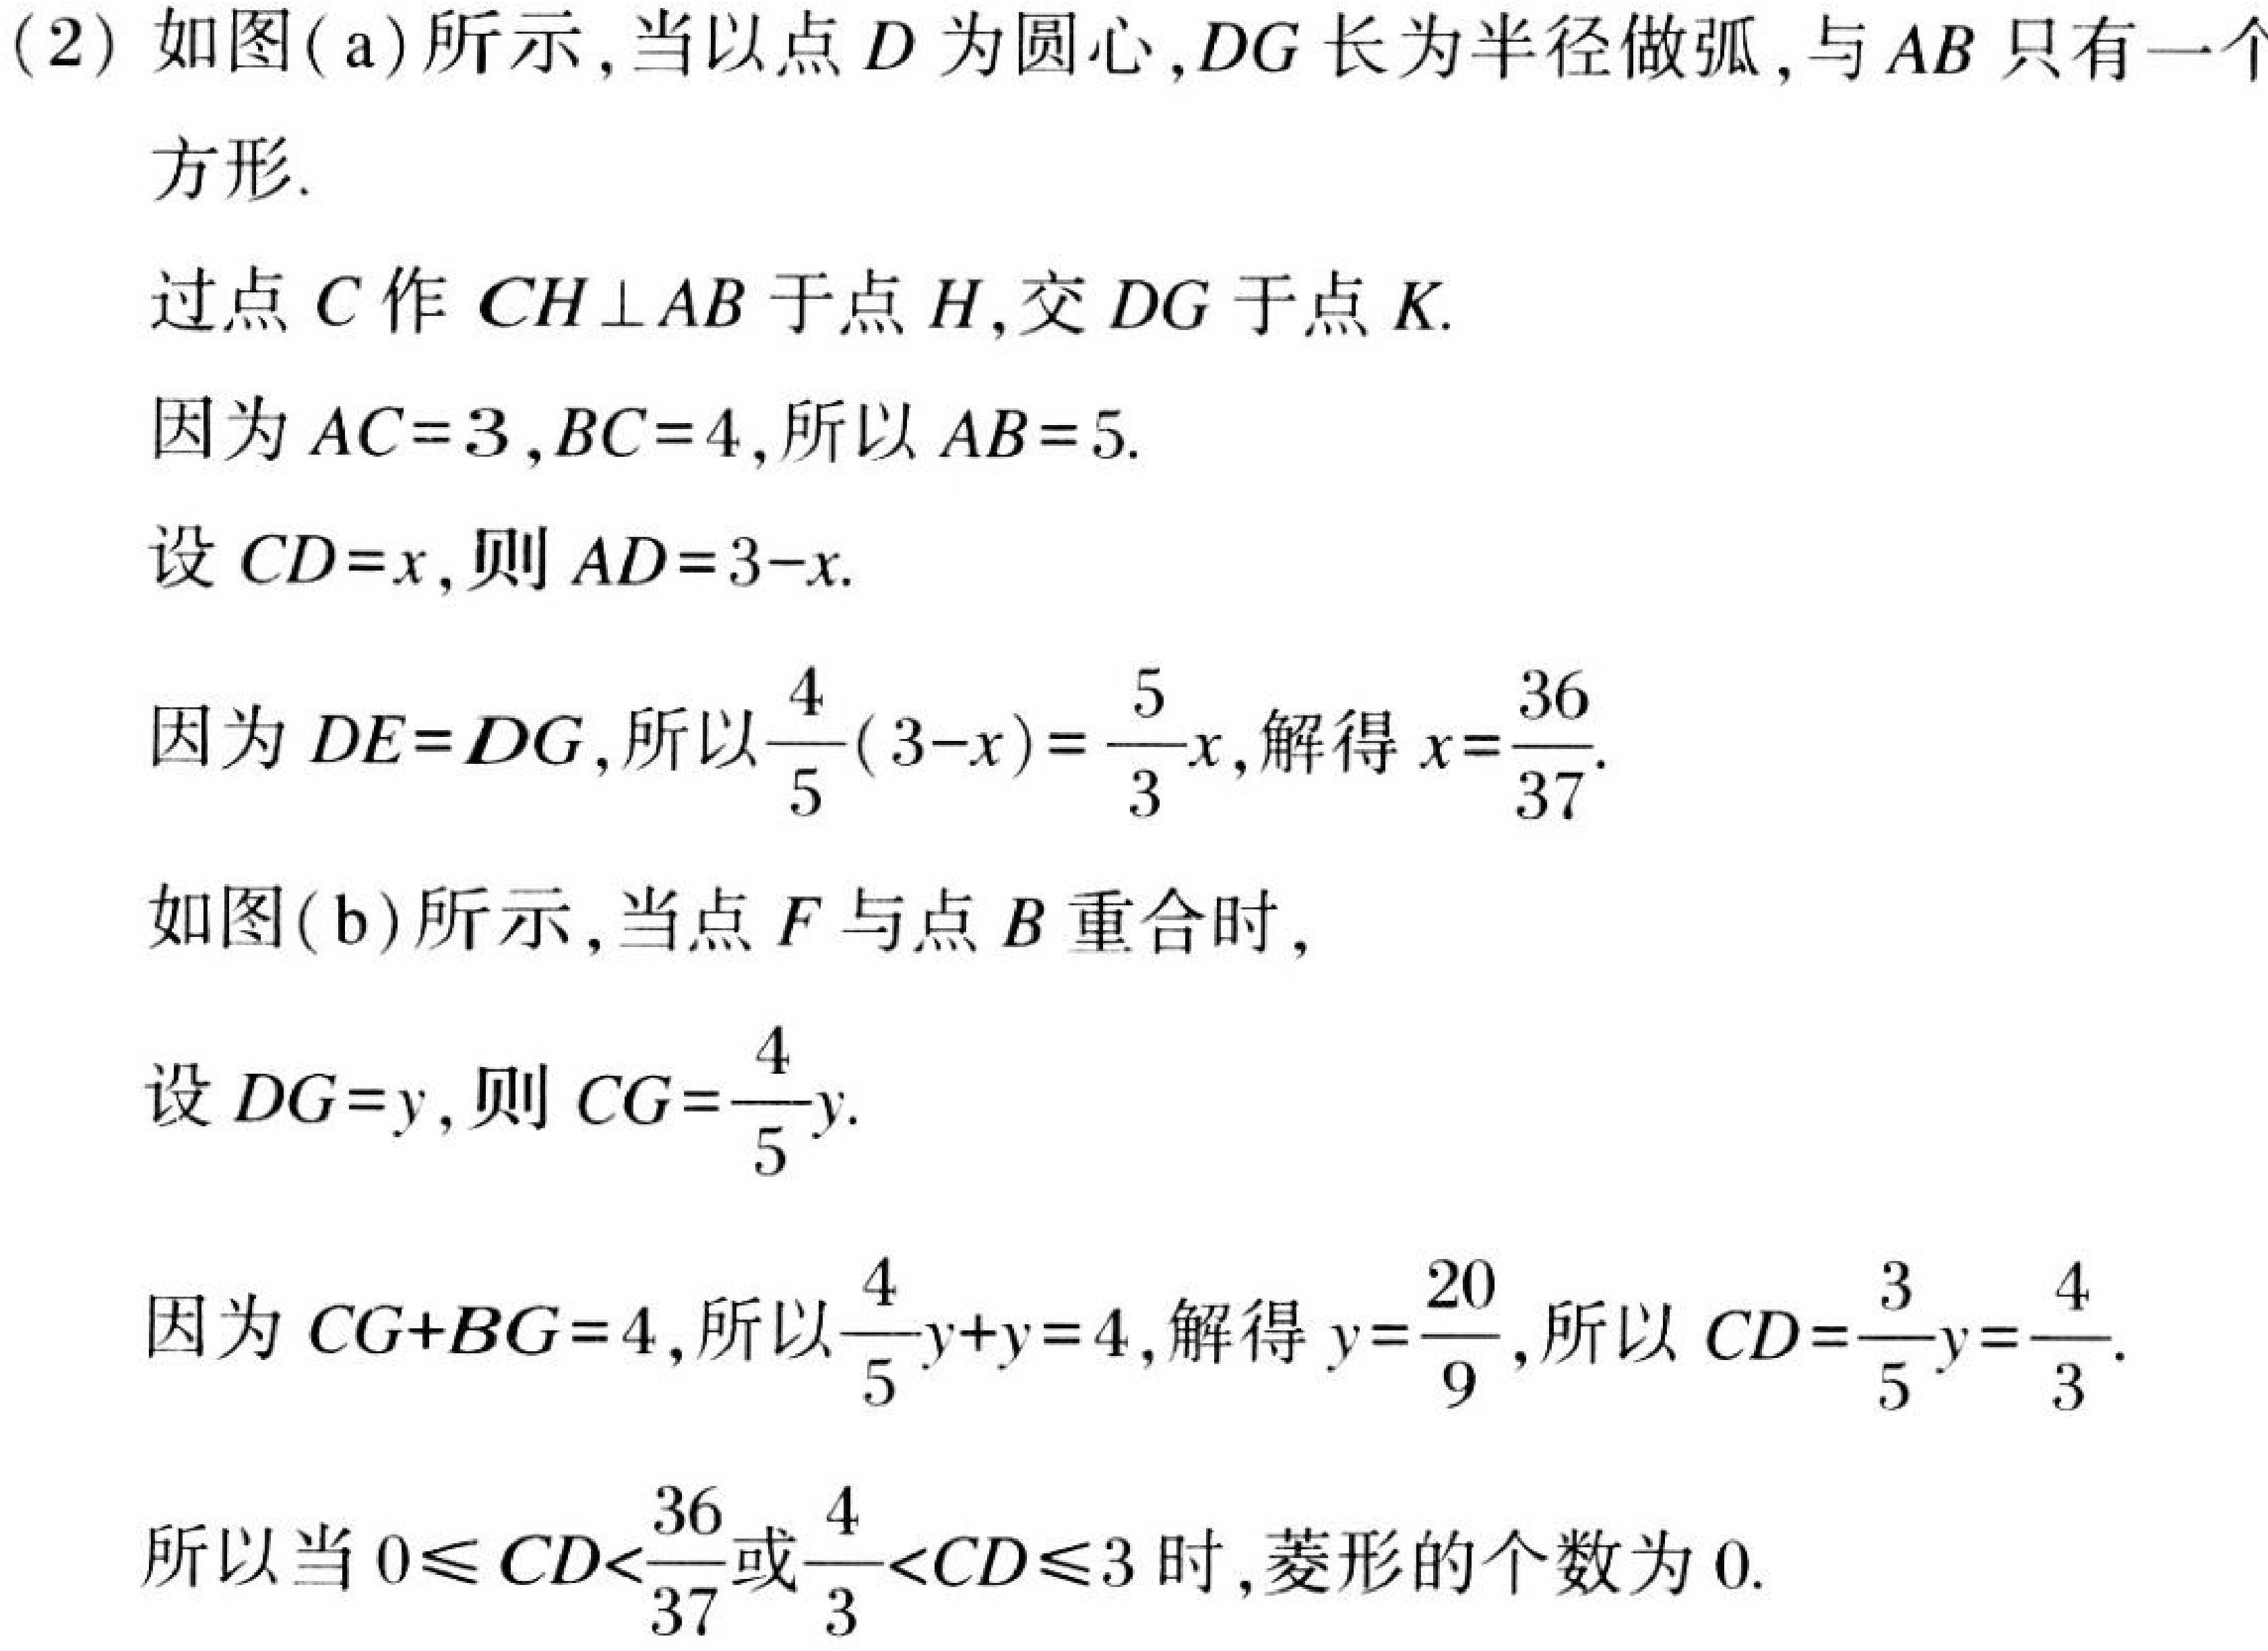
(2) 如图(a)所示,当以点\(D\)为圆心,\(DG\)长为半径做弧,与\(AB\)只有一个
方形.
过点\(C\)作\(CH\perp AB\)于点\(H\),交\(DG\)于点\(K\).
因为\(AC = 3\),\(BC = 4\),所以\(AB = 5\).
设\(CD=x\),则\(AD = 3 - x\).
因为\(DE = DG\),所以\(\frac{4}{5}(3 - x)=\frac{5}{3}x\),解得\(x=\frac{36}{37}\).
如图(b)所示,当点\(F\)与点\(B\)重合时,
设\(DG = y\),则\(CG=\frac{4}{5}y\).
因为\(CG + BG = 4\),所以\(\frac{4}{5}y + y = 4\),解得\(y=\frac{20}{9}\),所以\(CD=\frac{3}{5}y=\frac{4}{3}\).
所以当\(0\leqslant CD<\frac{36}{37}\)或\(\frac{4}{3}<CD\leqslant3\)时,菱形的个数为\(0\).